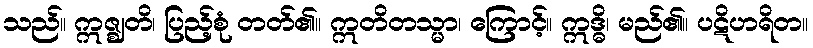
သည်။ ဣဇ္ဈတိ၊ ပြည့်စုံ တတ်၏။ ဣတိတသ္မာ၊ ကြောင့်။ ဣဒ္ဓိ၊ မည်၏။ ပဋိဟရိတ။